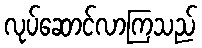
လုပ်ဆောင်လာကြသည်